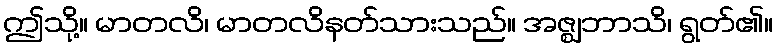
ဤသို့။ မာတလိ၊ မာတလိနတ်သားသည်။ အဇ္ဈဘာသိ၊ ရွတ်၏။